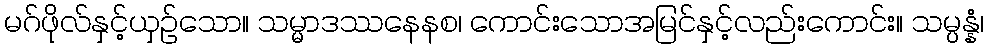
မဂ်ဖိုလ်နှင့်ယှဉ်သော။ သမ္မာဒဿနေနစ၊ ကောင်းသောအမြင်နှင့်လည်းကောင်း။ သမ္ပန္နံ၊